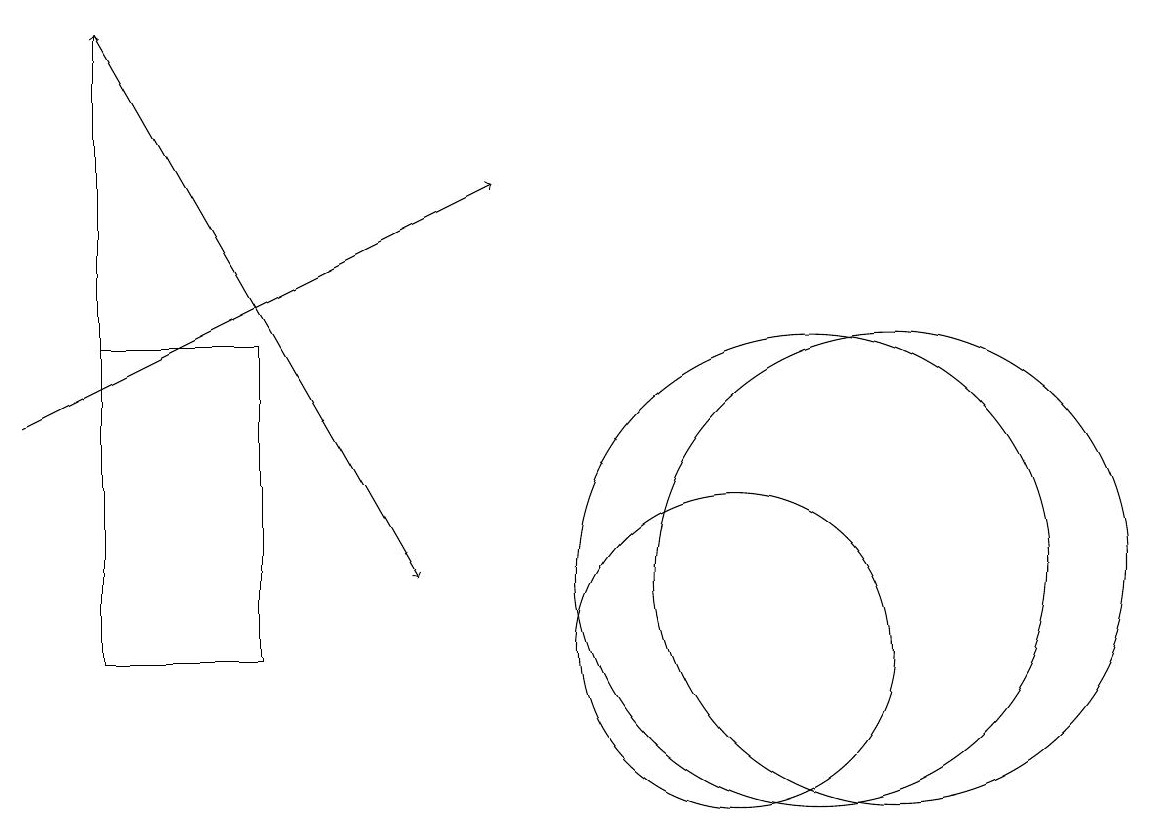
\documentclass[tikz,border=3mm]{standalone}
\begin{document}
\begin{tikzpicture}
\draw (10,10) circle (2);
\draw (12,11) circle (3);
\draw[->] (2,18) -- (6,11);
\draw[->] (1,13) -- (7,16);
\draw (4,10) rectangle (2,14);
\draw[->] (2,14) -- (2,18);
\draw (11,11) circle (3);
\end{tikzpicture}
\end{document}